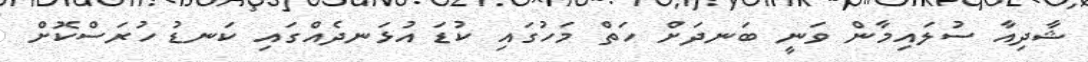
ޝާދިއާ ސުލައިމާން ވަނީ ބަނދަށް ހަތް މަހުގައި ކުޑަ އުޅަނދެއްގައި ކަނޑު ހުރަސްކޮށް